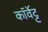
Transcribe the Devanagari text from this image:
कॉर्वेट्ट